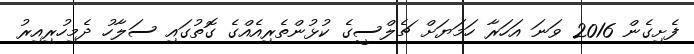
ފެށިގެން 2016 ވަނަ އަހަރާ ހަމަޔަށް ޗެލްސީގެ ކުޅުންތެރިއެއްގެ ގޮތުގައި ސަލާހު ދެމިހުރިއިރު